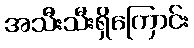
အသီးသီးရှိကြောင်း